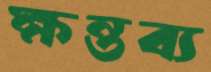
ক্ষন্তব্য